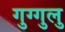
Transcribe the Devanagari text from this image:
गुग्गुलु